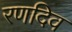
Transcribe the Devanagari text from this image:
रणदिव